Tezpur Lunatic Asylum reports 1895-1904 - 1895-1904
Year: 1895
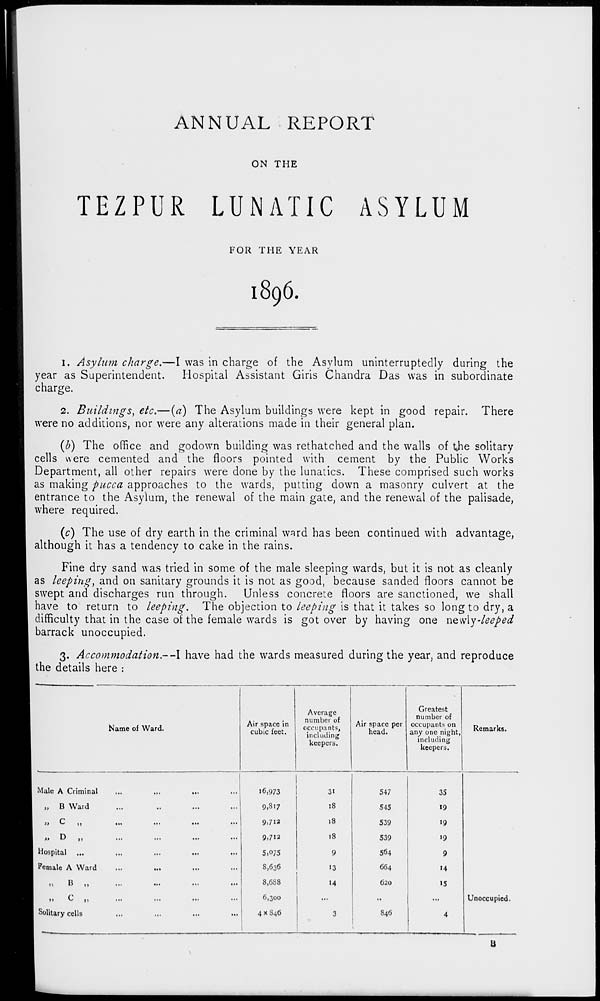
ANNUAL REPORT
ON THE
TEZPUR LUNATIC ASYLUM
FOR THE YEAR
1896.
1. Asylum charge.—I was in charge of the Asylum uninterruptedly during the
year as Superintendent.
Hospital Assistant Giris Chandra Das was in subordinate
charge.
2. Buildings, etc.—(a) The Asylum buildings were kept in good repair. There
were no additions, nor were any alterations made in their general plan.
(b) The office and godown building was rethatched and the walls of the solitary
cells were cemented and the floors pointed with cement by the Public Works
Department, all other repairs were done by the lunatics. These comprised such works
as making pucca approaches to the wards, putting down a masonry culvert at the
entrance to the Asylum, the renewal of the main gate, and the renewal of the palisade,
where required.
{c) The use of dry earth in the criminal ward has been continued with advantage,
although it has a tendency to cake in the rains.
Fine dry sand was tried in some of the male sleeping wards, but it is not as cleanly
as leeping, and on sanitary grounds it is not as good, because sanded floors cannot be
swept and discharges run through. Unless concrete floors are sanctioned, we shall
have to return to leeping. The objection to leeping is that it takes so long to dry, a
difficulty that in the case of the female wards is got over by having one newly-leeped
barrack unoccupied.
3. Accommodation .--I have had the wards measured during the year, and reproduce
the details here :
Name of Ward.
Air space in
cubic feet.
Average
number of
occupants,
including
Air space per
head.
Greatest
number of
occupants on
any one night,
Remarks.
keepers.
including
keepers.
Male A Criminal
16,973
3«
547
35
„ B Ward
.
...
...
9,8:7
18
545
19
» t»
i)
••
...
...
...
9,712
18
539
19
„ D „
...
...
...
9.712
18
539
"9
Hospital ...
...
...
...
S.075
9
564
9
female A Ward
...
...
...
8,636
«3
664
14
>,
B „
...
...
...
8.6S8
14
620
15
...
...
...
6,300
...
••
...
Unoccupied.
Solitary cells
...
...
...
4XS46
3
846
4
B